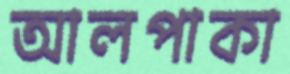
আলপাকা